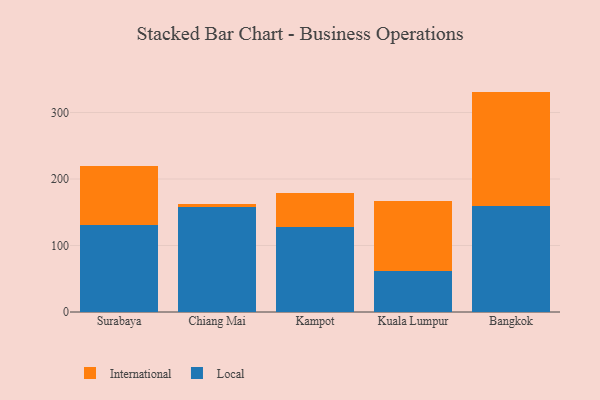
{"axis": {"x": "City", "y": "Waste Production (Tons)"}, "legend": ["International", "Local"], "data": [{"x": "Surabaya", "y": 131.6, "type": "Local"}, {"x": "Surabaya", "y": 88.1, "type": "International"}, {"x": "Chiang Mai", "y": 157.3, "type": "Local"}, {"x": "Chiang Mai", "y": 5.3, "type": "International"}, {"x": "Kampot", "y": 128.0, "type": "Local"}, {"x": "Kampot", "y": 51.5, "type": "International"}, {"x": "Kuala Lumpur", "y": 61.8, "type": "Local"}, {"x": "Kuala Lumpur", "y": 105.8, "type": "International"}, {"x": "Bangkok", "y": 159.2, "type": "Local"}, {"x": "Bangkok", "y": 172.3, "type": "International"}]}